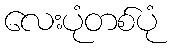
လေးပုံတစ်ပုံ